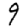
Digit: 9